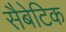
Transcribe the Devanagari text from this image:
सैबेटिक